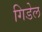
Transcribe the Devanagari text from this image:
गिडेल